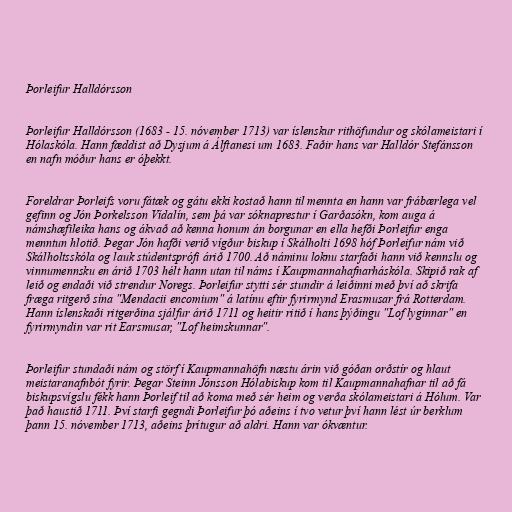
Þorleifur Halldórsson

Þorleifur Halldórsson (1683 - 15. nóvember 1713) var íslenskur rithöfundur og skólameistari í
Hólaskóla. Hann fæddist að Dysjum á Álftanesi um 1683. Faðir hans var Halldór Stefánsson
en nafn móður hans er óþekkt.

Foreldrar Þorleifs voru fátæk og gátu ekki kostað hann til mennta en hann var frábærlega vel
gefinn og Jón Þorkelsson Vídalín, sem þá var sóknaprestur í Garðasókn, kom auga á
námshæfileika hans og ákvað að kenna honum án borgunar en ella hefði Þorleifur enga
menntun hlotið. Þegar Jón hafði verið vígður biskup í Skálholti 1698 hóf Þorleifur nám við
Skálholtsskóla og lauk stúdentsprófi árið 1700. Að náminu loknu starfaði hann við kennslu og
vinnumennsku en árið 1703 hélt hann utan til náms í Kaupmannahafnarháskóla. Skipið rak af
leið og endaði við strendur Noregs. Þorleifur stytti sér stundir á leiðinni með því að skrifa
fræga ritgerð sína "Mendacii encomium" á latínu eftir fyrirmynd Erasmusar frá Rotterdam.
Hann íslenskaði ritgerðina sjálfur árið 1711 og heitir ritið í hans þýðingu "Lof lyginnar" en
fyrirmyndin var rit Earsmusar, "Lof heimskunnar".

Þorleifur stundaði nám og störf í Kaupmannahöfn næstu árin við góðan orðstír og hlaut
meistaranafnbót fyrir. Þegar Steinn Jónsson Hólabiskup kom til Kaupmannahafnar til að fá
biskupsvígslu fékk hann Þorleif til að koma með sér heim og verða skólameistari á Hólum. Var
það haustið 1711. Því starfi gegndi Þorleifur þó aðeins í tvo vetur því hann lést úr berklum
þann 15. nóvember 1713, aðeins þrítugur að aldri. Hann var ókvæntur.